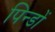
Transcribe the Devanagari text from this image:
पिन्डों